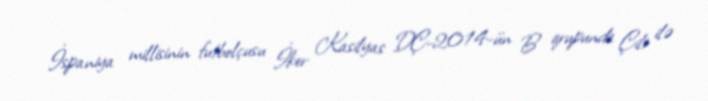
İspaniya millisinin futbolçusu İker Kasilyas DÇ-2014-ün B qrupunda Çili ilə